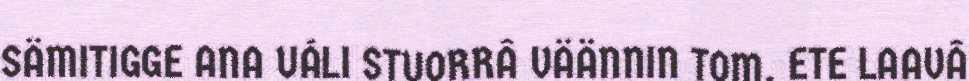
SÄMITIGGE ANA UÁLI STUORRÂ VÄÄNNIN TOM, ETE LAAVÂ